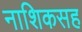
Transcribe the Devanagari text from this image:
नाशिकसह